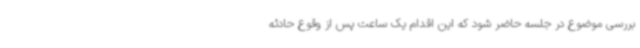
بررسی موضوع در جلسه حاضر شود که این اقدام یک ساعت پس از وقوع حادثه